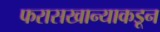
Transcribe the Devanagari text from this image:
फरासखान्याकडून